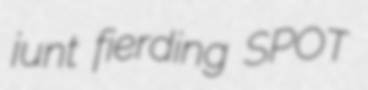
junt fierding SPOT